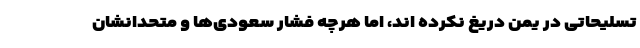
تسلیحاتی در یمن دریغ نکرده اند، اما هرچه فشار سعودی‌ها و متحدانشان